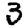
Digit: 3